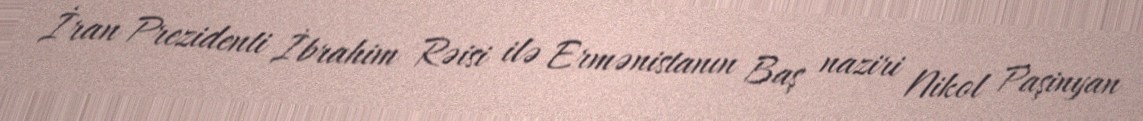
İran Prezidenti İbrahim Rəisi ilə Ermənistanın Baş naziri Nikol Paşinyan